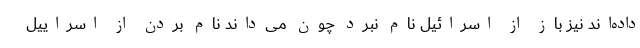
داده‌اند نیز باز از اسرائیل نام نبرد چون می‌داند نام بردن از اسراییل